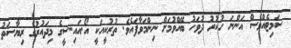
ސަމިޓެއްވެސް އަންނަ ހުކުރު ދުވަހު ބޭއްވުމަށް ނިންމަވާފައެވެ. ތުރުކީއަކީ އޯ.އައި.ސީގެ މިދައުރުގެ ރިޔާސަތު